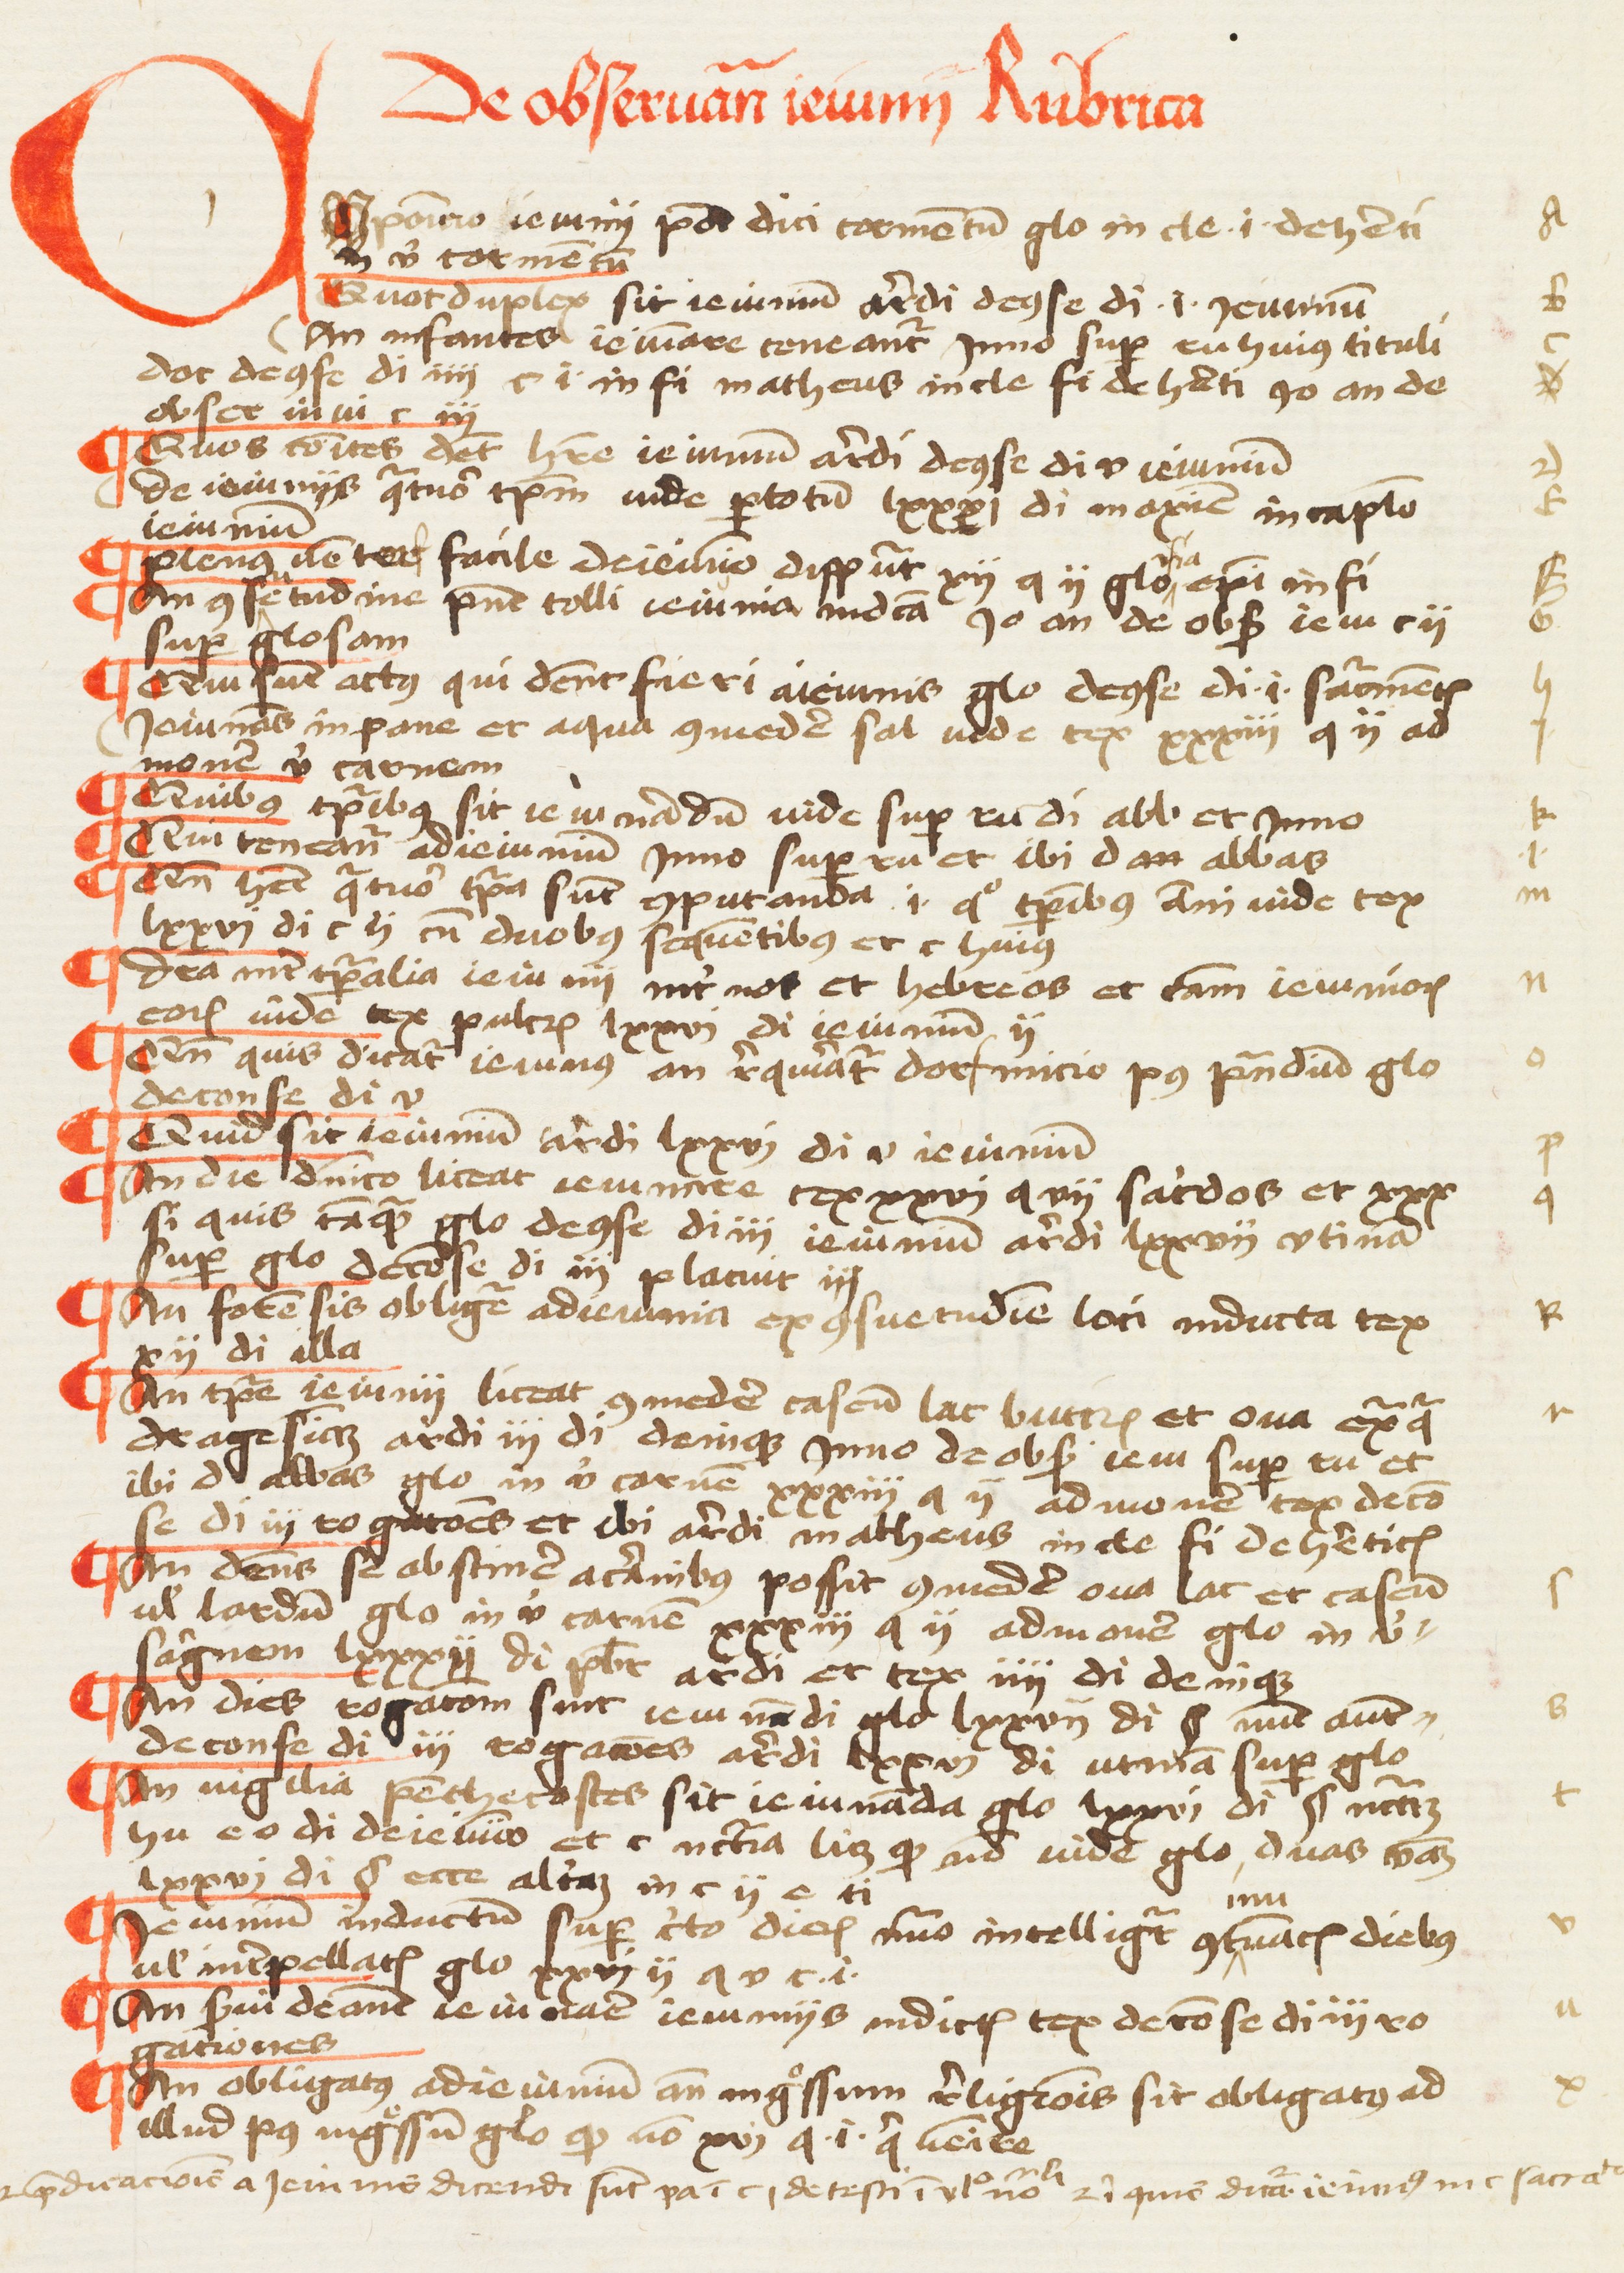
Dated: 1457–1457